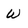
Character: W